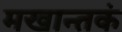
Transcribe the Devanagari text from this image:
मखान्तकं